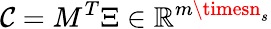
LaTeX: \mathcal{C}=M^{T}\Xi\in\mathbb{{R}}^{m\timesn_{s}}